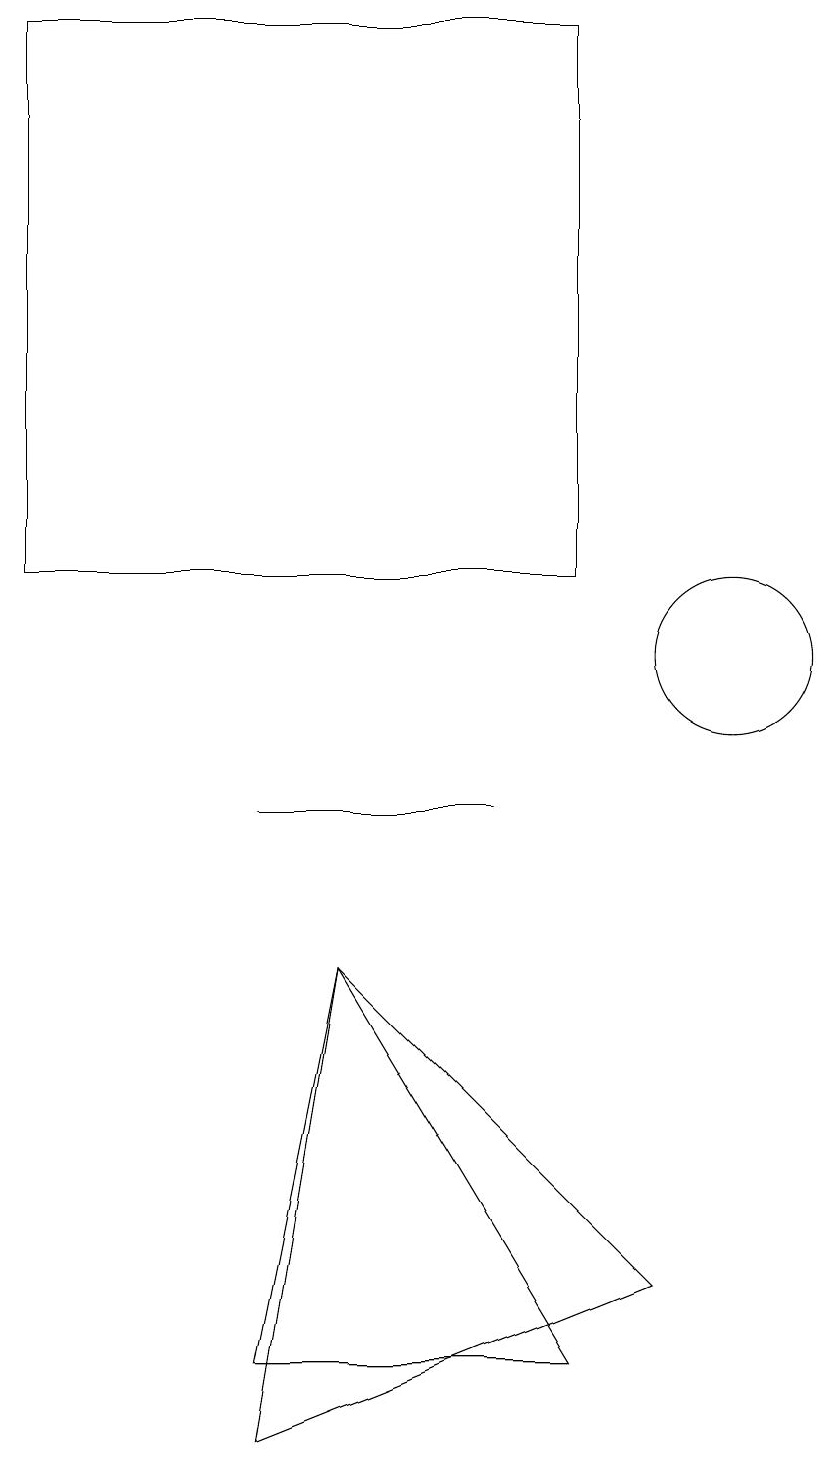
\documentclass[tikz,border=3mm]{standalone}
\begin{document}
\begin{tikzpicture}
\draw (10,10) circle (0);
\draw (5,7) -- (4,1) -- (9,3) -- cycle;
\draw (8,2) -- (5,7) -- (4,2) -- cycle;
\draw (10,11) circle (1);
\draw (8,19) rectangle (1,12);
\draw (4,9) -- (6,9) -- (7,9) -- cycle;
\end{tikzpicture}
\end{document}